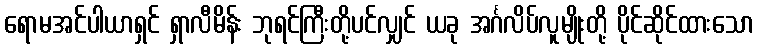
ရောမအင်ပါယာရှင် ရှာလီမိန်း ဘုရင်ကြီးတို့ပင်လျှင် ယခု အင်္ဂလိပ်လူမျိုးတို့ ပိုင်ဆိုင်ထားသော